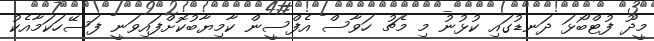
މީދޫ ފުޓްބޯޅަ ދަނޑުގައި ކުޅުނު މި މެޗު ހަވާސް އެފްސީން ކާމިޔާބުކޮށްފައިވަނީ ފަސޭހަކަމާއެކު